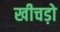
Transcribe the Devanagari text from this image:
खीचड़ो